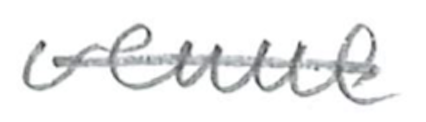
Text: venue
Cross-out: single-line
Writing tool: pencil